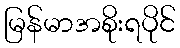
မြန်မာအစိုးရပိုင်